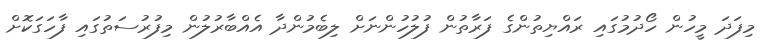
މިފަދަ މީހުން ހޯދުމުގައި ރައްޔިތުންގެ ފަރާތުން ފުލުހުންނަށް ލިބެމުންދާ އެއްބާރުލުން މިފުރުސަތުގައި ފާހަގަކޮށް